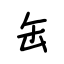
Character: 缶